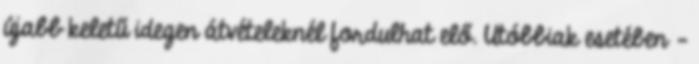
újabb keletű idegen átvételeknél fordulhat elő. Utóbbiak esetében –